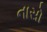
નાસો